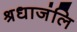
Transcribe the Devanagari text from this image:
श्रधाजंलि